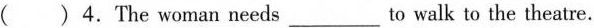
( )4.The woman needs ___ to walk to the theatre.